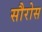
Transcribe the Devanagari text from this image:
सौरोस